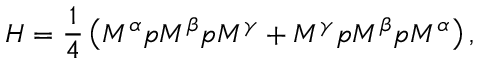
H = \frac { 1 } { 4 } \left( M ^ { \alpha } p M ^ { \beta } p M ^ { \gamma } + M ^ { \gamma } p M ^ { \beta } p M ^ { \alpha } \right) ,